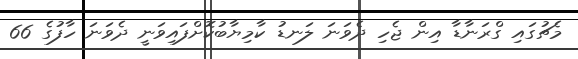
މެޗުގައި ގްރަނާޑާ އިން ޖެހި ދެވަނަ ލަނޑު ކާމިޔާބުކޮށްފައިވަނީ ދެވަނަ ހާފުގެ 66